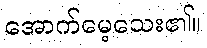
အောက်မေ့သေး၏။